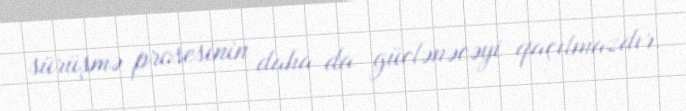
sürüşmə prosesinin daha da güclənəcəyi qaçılmazdır.